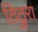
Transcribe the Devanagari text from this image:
ठिठुरा